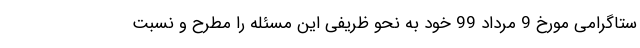
ستاگرامی مورخ 9 مرداد 99 خود به نحو ظریفی این مسئله را مطرح و نسبت